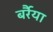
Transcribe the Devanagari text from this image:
बर्रैया